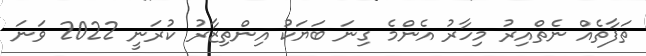
ތަފާތެއް ނެތްއިރު މިހާރު އެންމެ ގިނަ ބަޔަކު އިންތިޒާރު ކުރަނީ 2022 ވަނަ